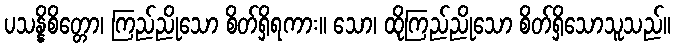
ပသန္နိစိတ္တော၊ ကြည်ညိုသော စိတ်ရှိရကား။ သော၊ ထိုကြည်ညိုသော စိတ်ရှိသောသူသည်။